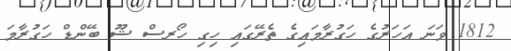
1812 ވަނަ އަހަރުގެ ހަގުރާމައިގެ ތެރޭގައި ހިގި ހޯރސް ޝޫ ބޭންޑް ހަގުރާމަ